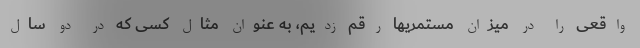
واقعی را در میزان مستمریها رقم زدیم، به عنوان مثال کسی که در دو سال